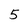
Character: 5